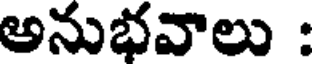
అనుభవాలు :